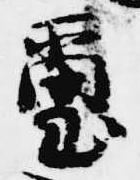
璽